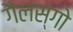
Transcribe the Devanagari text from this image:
गैलस्गो